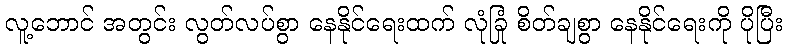
လူ့ဘောင် အတွင်း လွတ်လပ်စွာ နေနိုင်ရေးထက် လုံခြုံ စိတ်ချစွာ နေနိုင်ရေးကို ပိုပြီး